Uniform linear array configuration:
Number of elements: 24
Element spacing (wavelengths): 0.25
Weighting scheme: hamming
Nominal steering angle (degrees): -30
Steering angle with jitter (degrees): -30.831
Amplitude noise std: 0.05
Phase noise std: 0.05

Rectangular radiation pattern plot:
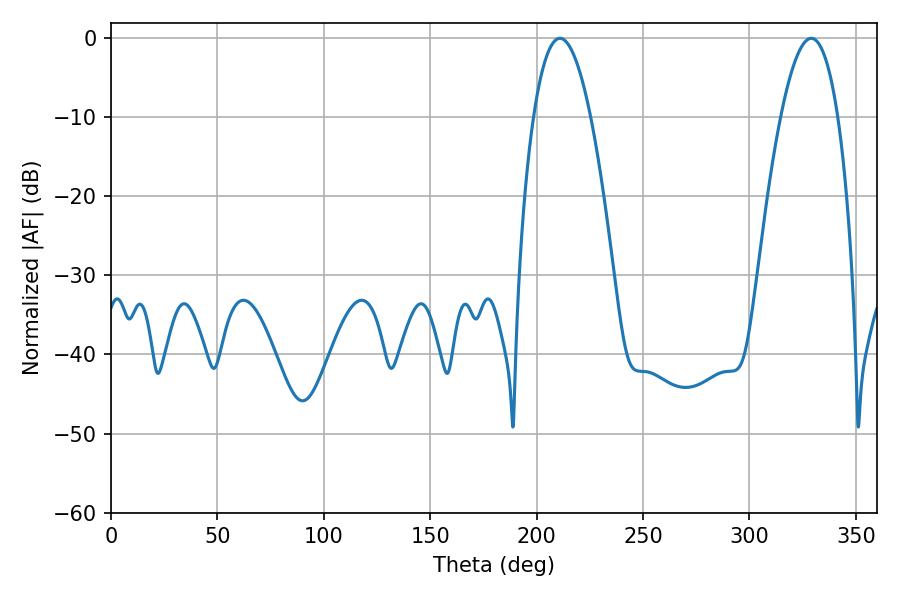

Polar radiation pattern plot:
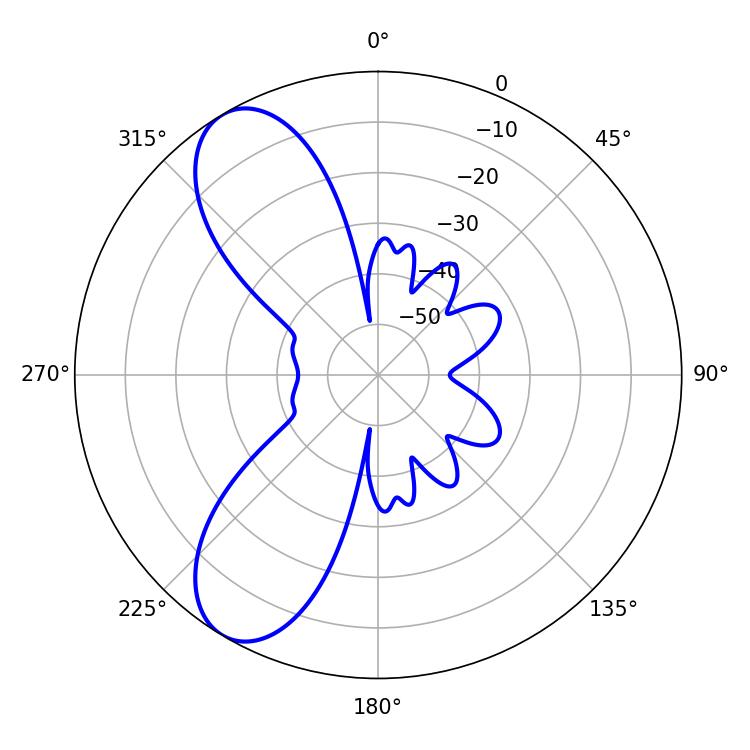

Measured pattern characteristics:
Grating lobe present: FALSE
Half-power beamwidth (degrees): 14.76
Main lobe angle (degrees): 210.96